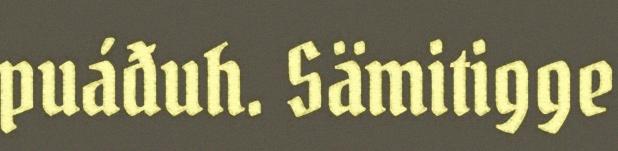
puáđuh. Sämitigge